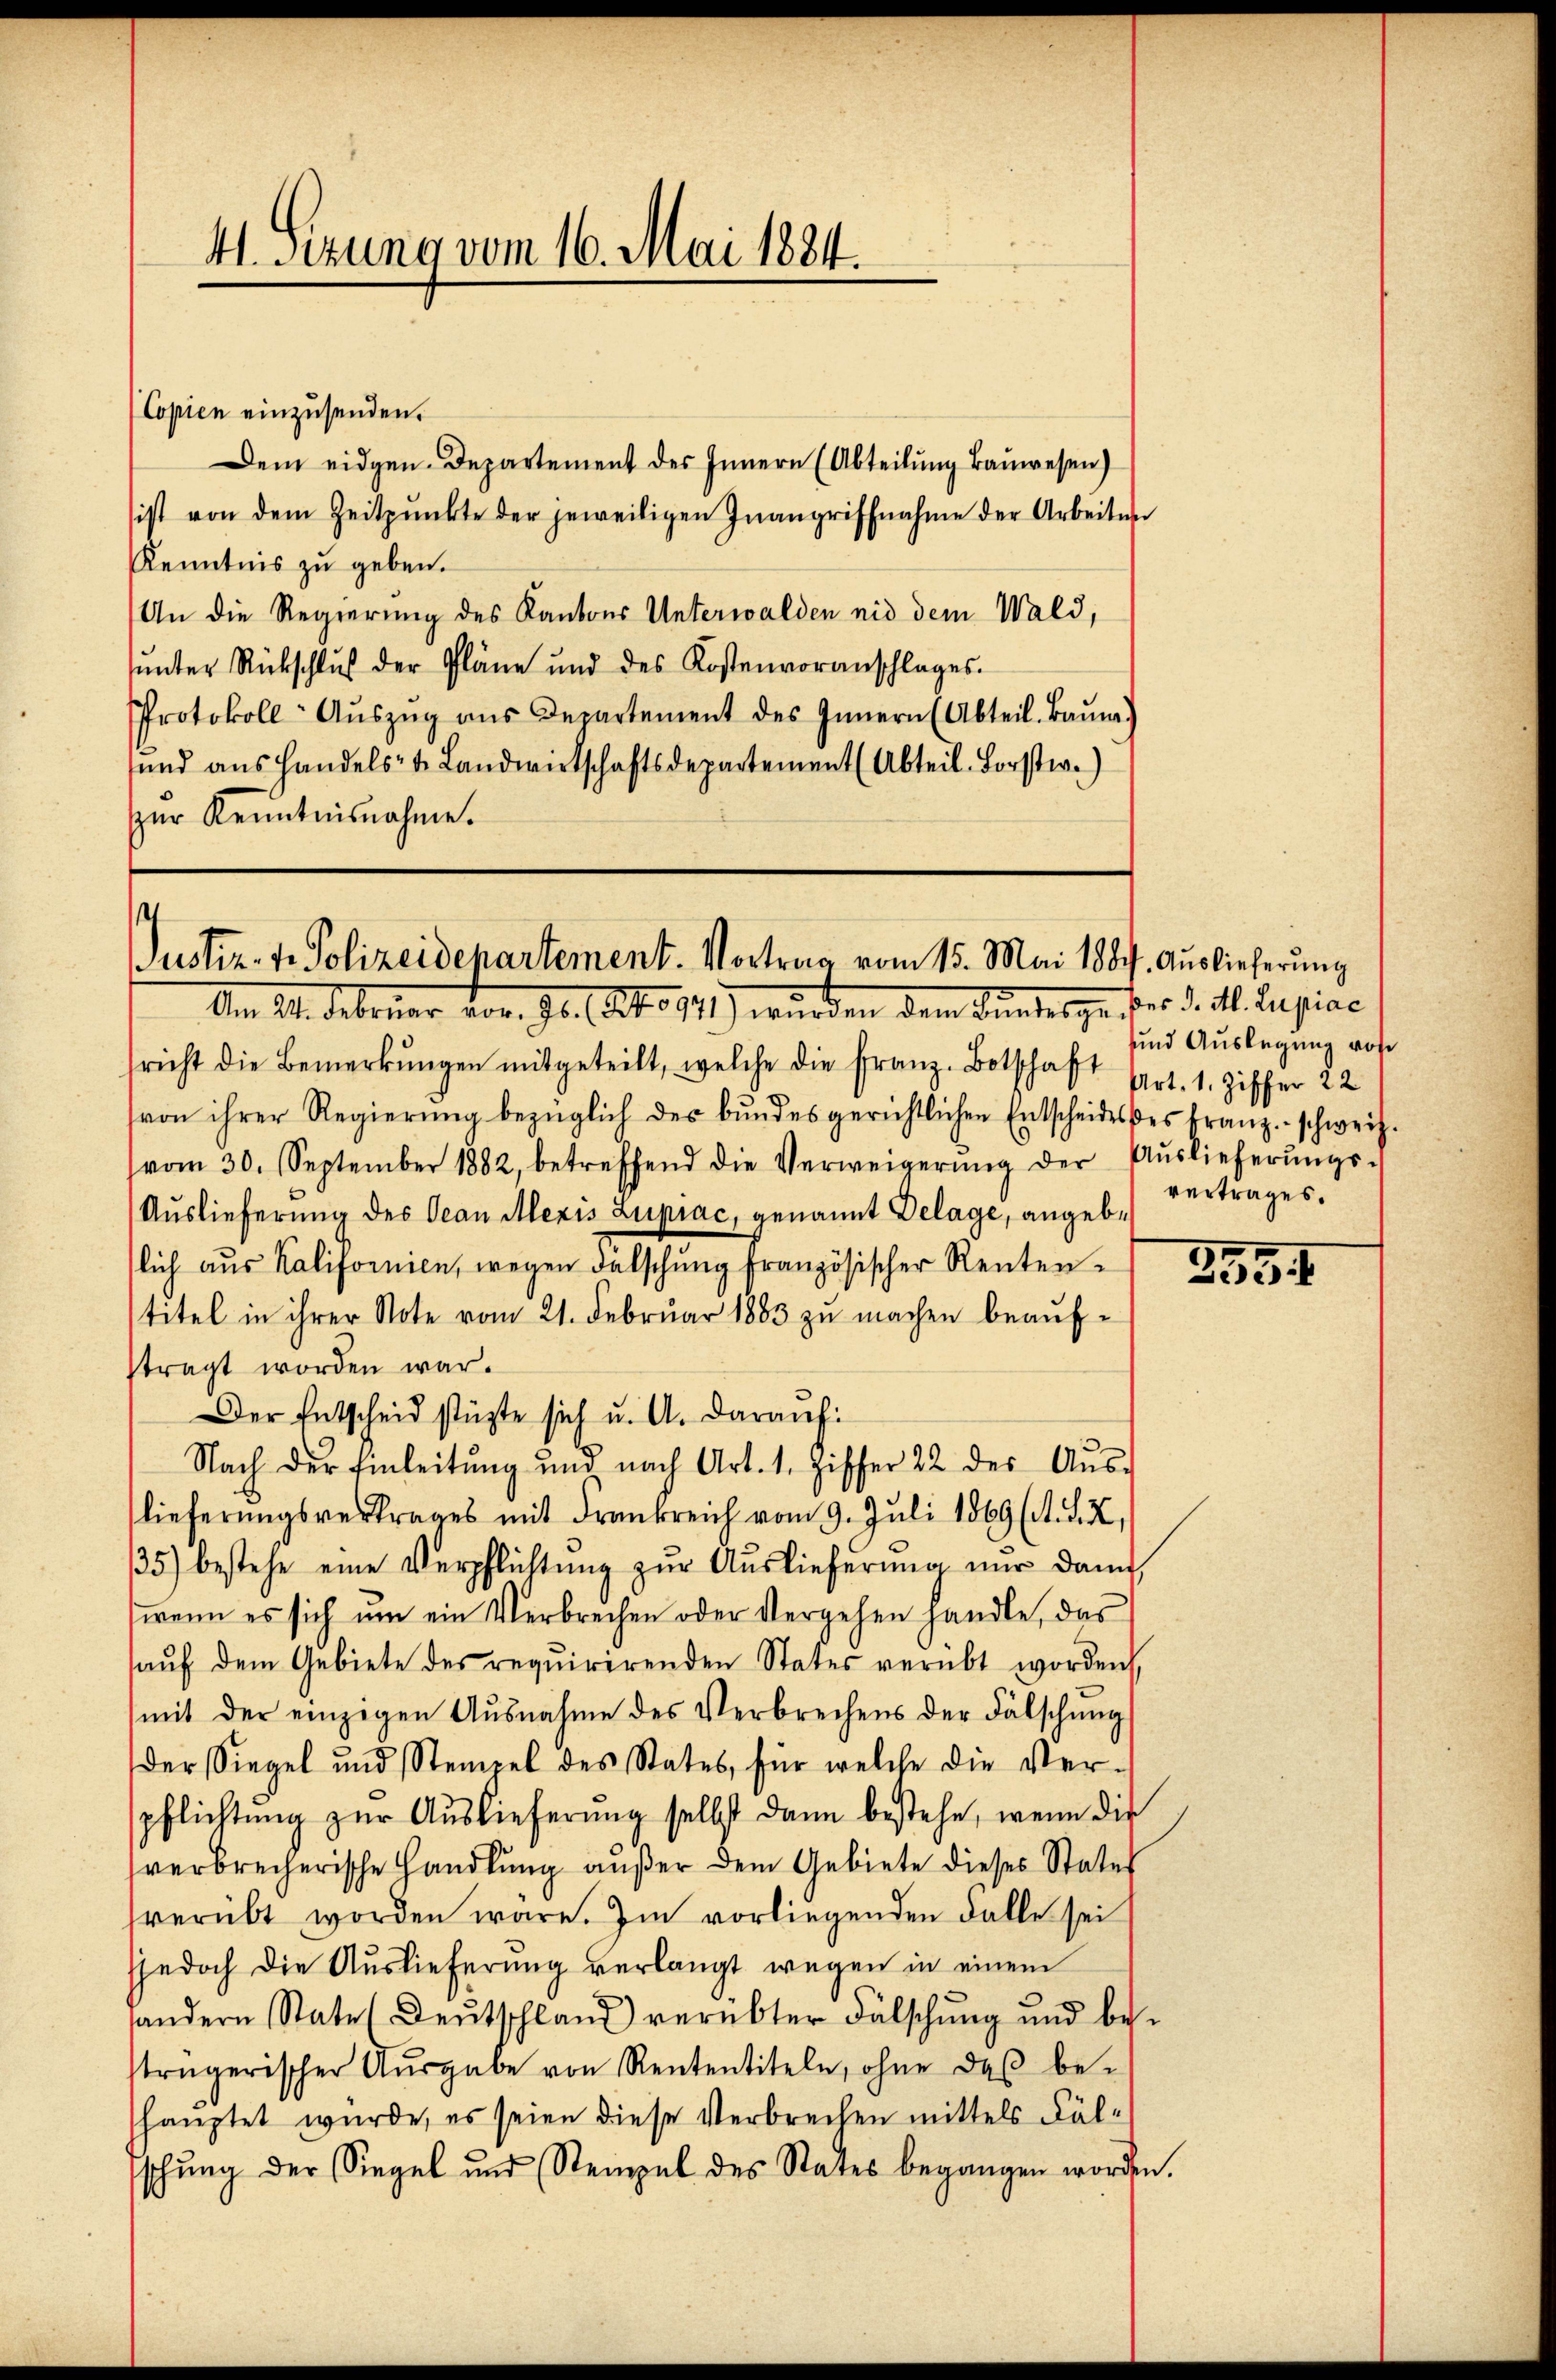
Copien einzusenden.
Dem eidgen. Departement des Innern (Abteilŭng Baŭwesen)
ist von dem Zeitpunkte der jeweiligen Inangriffnahme der Arbeiten
Kenntnis zŭ geben.
An die Regierung des Kantons Unterwalden nid dem Wald,
ŭnter Rückschlŭβ der Pläne und des Kostenvoranschlages.
Protokoll- Aŭszŭg ans Departement des Innern (Abteil. Baŭm.)
sund aus handels- u. Landwirtschaftsdepartement (Abteil-Forstw.)
zur Kenntnisnahme.

41. Sizung vom 16. Mai 1884.

Justiz- & Polizeidepartement. Vortrag vom 15. Mai 1884. Auslieferung

Am 24. Februar vor. 90. Art. 11) wurden dem Bundes zu der d. M. Regiae
richt die Bemerkŭngen mitgeteilt, welche die franz-Botschaft Art. 1. Ziffer 22
von ihrer Regierŭng bezüglich des bundesgerichtlichen Entscheideses franz schweiz.
vom 30. September 1882, betreffend die Verweigerŭng der Aŭslieferŭngs-
Auslieferung des Oean Mexis Zuprac, genannt Delage, angebslich aŭs Kalifornien, wegen Fälschŭng französischer Rententitel in ihrer Note vom 21. Februar 1883 zu machen beaufstragt worden war.
Der Entscheid stüzte sich u. A. darauf:
Nach der Einleitŭng und nach Art. 1. Ziffer 22 der Aŭs-
lieferŭngsvertrages mit Frankreich vom 9. Jŭli 1869 (s. S. X,
35) bestehe eine Verpflichtŭng zŭr Aŭslieferŭng nŭr dann
wenn es sich um ein Verbrechen oder Vergehen handle, das
aŭf dem Gebiete des requirirenden States verübt worden,
mit der einzigen Aŭsnahme des Verbrechens der Fälschŭng
der Siegel und Stempel des States, für welche die Ver-
pflichtŭng zŭr Aŭslieferŭng selbst dann bestehe, wenn die
verbrecherische Handlung außer dem Gebiete dieses Status
verübt worden wäre. Im vorliegenden Falle sei
sjedoch die Auslieferung verlangt wegen in einem
sandern State (Deutschland verübter Fälschung und be-
trägerischer Aŭsgabe von Rententiteln, ohne daβ be-
hauptet wurde, es seien diese Verbrechen mittels Fälschŭng der Siegel und Stempel des States begangen worden.

und Auslegung vore
vertrages.

3554